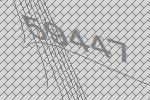
59447